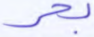
بحر